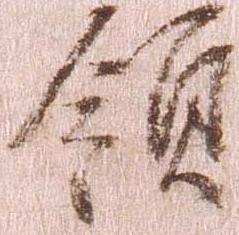
領